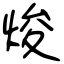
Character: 焌